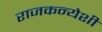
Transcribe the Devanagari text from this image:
राजकन्येशीं